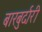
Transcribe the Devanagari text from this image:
बारबुर्दारी